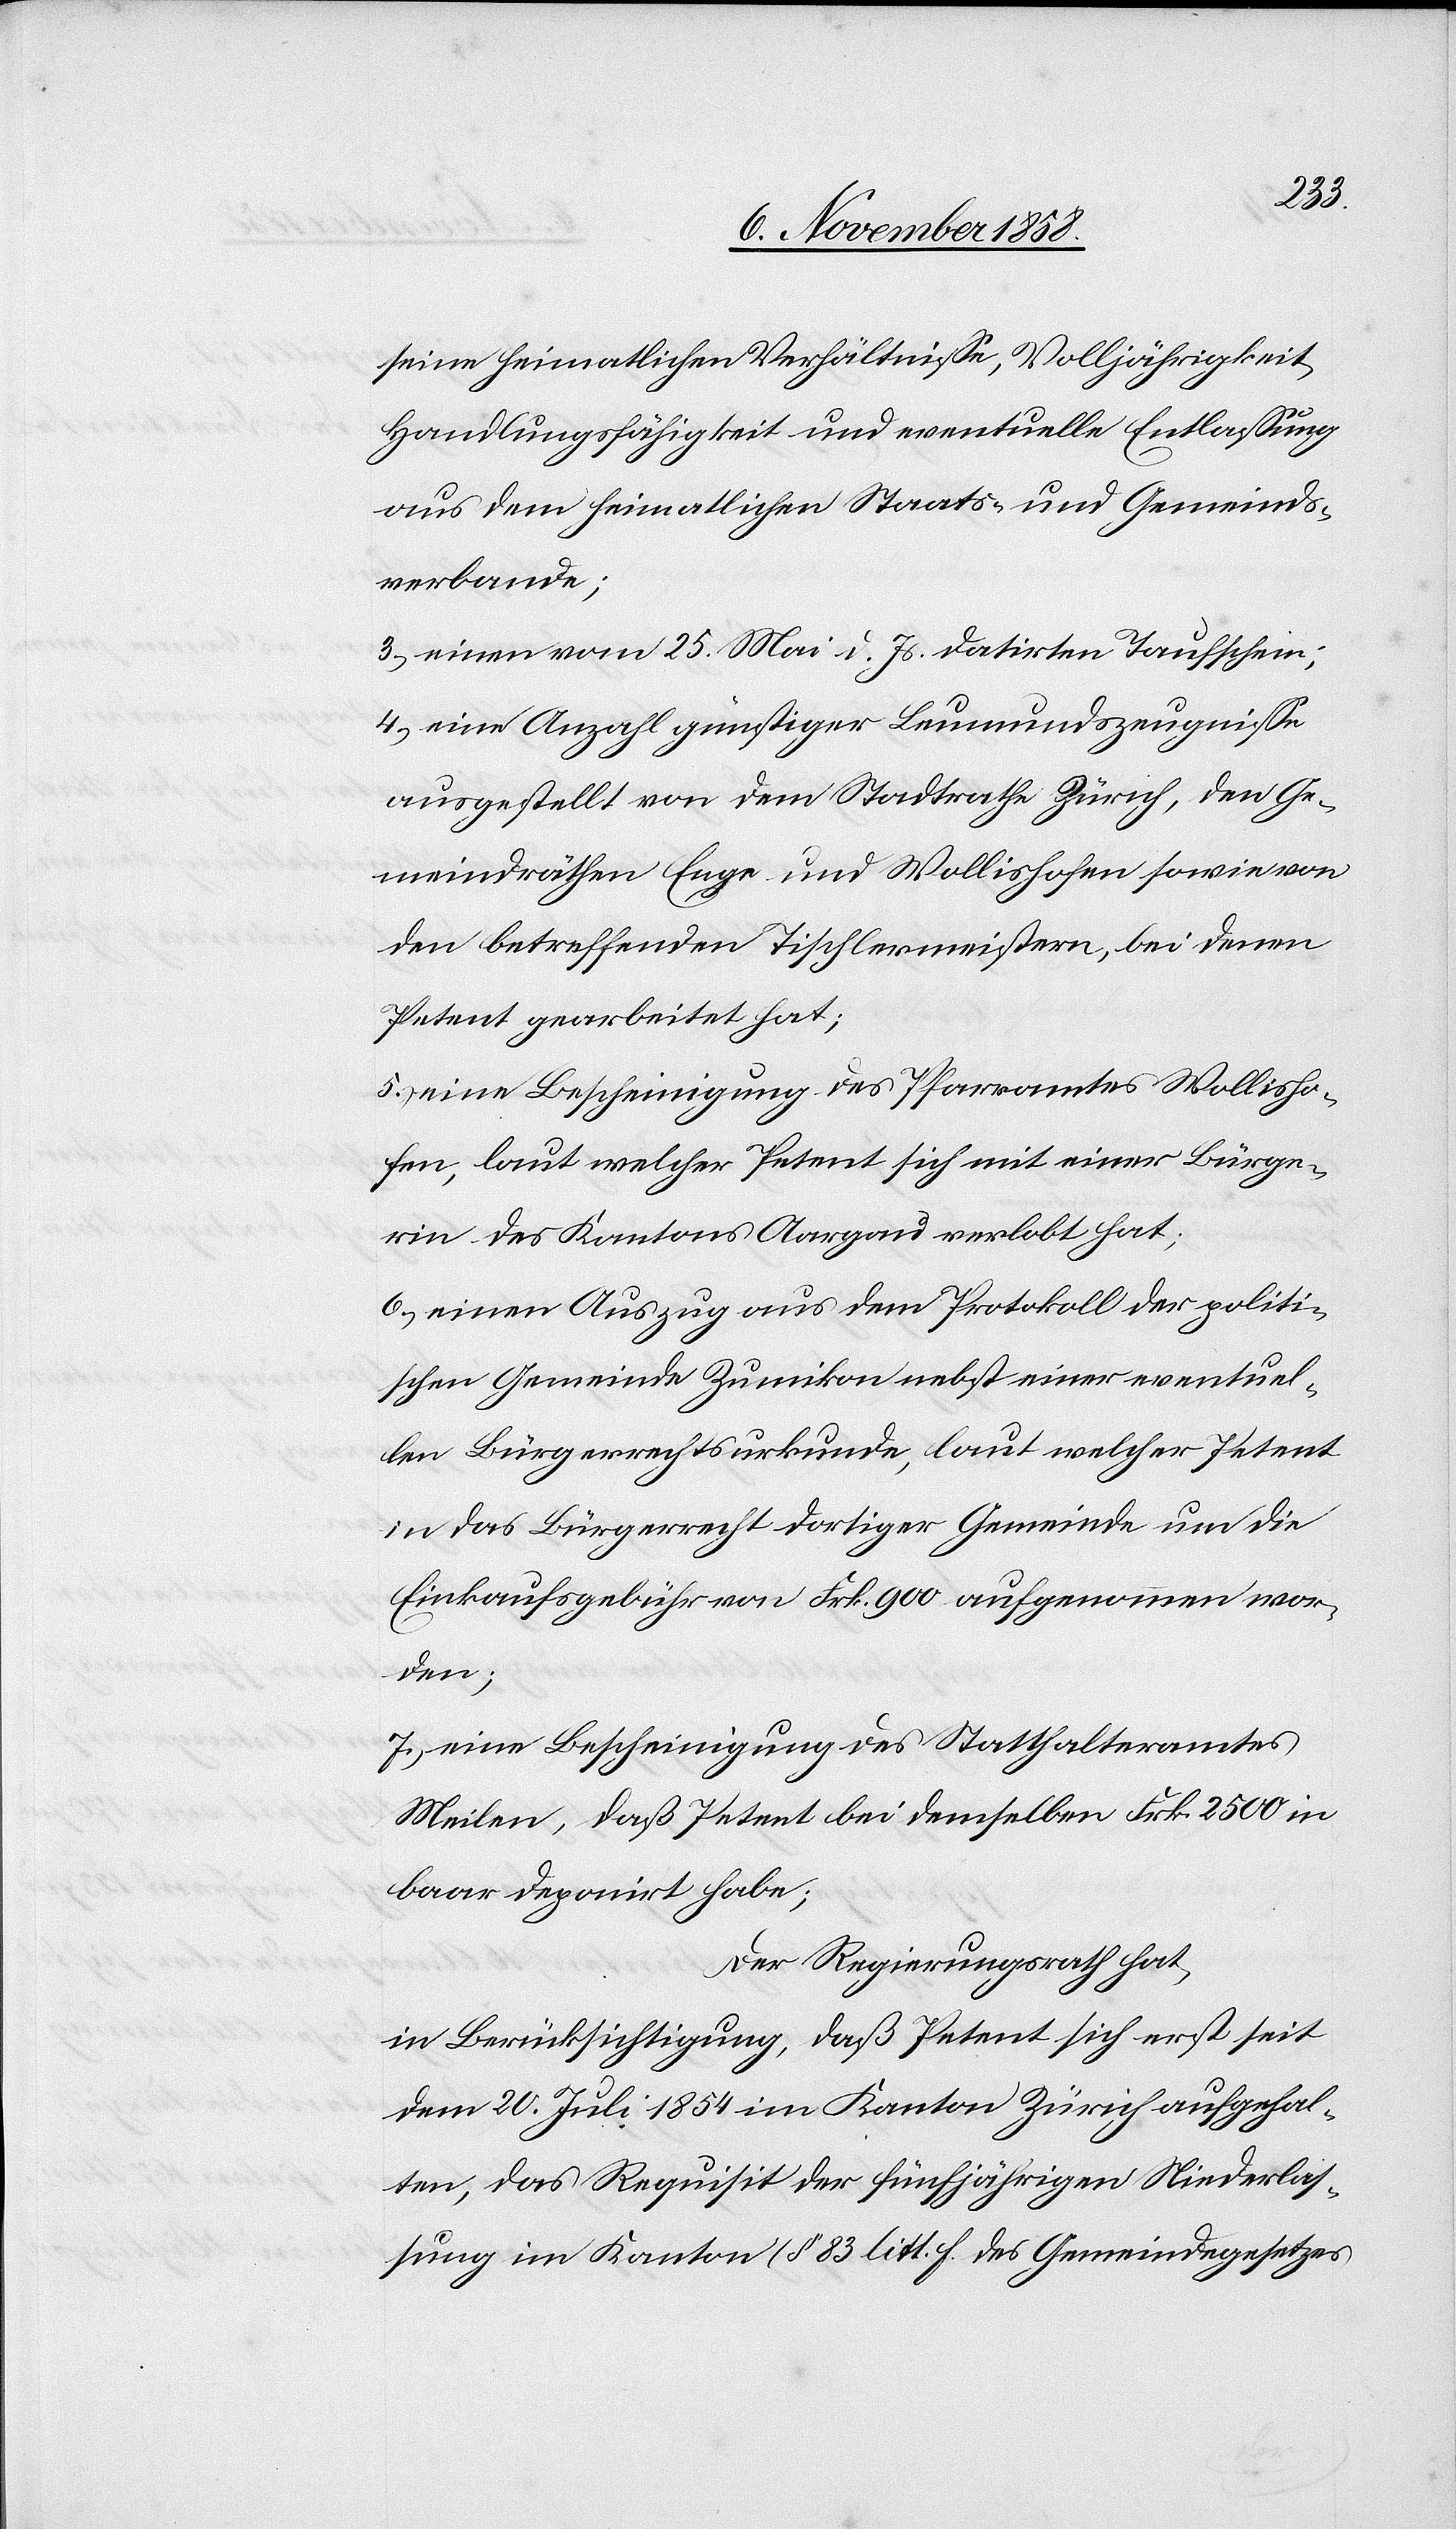
seine heimatlichen Verhältnisse, Volljährigkeit,
Handlungsfähigkeit und eventuelle Entlassung
aus dem heimatlichen Staats- und Gemeinds¬
verbande;
einen vom 25. Mai d. Js. datirten Taufschein;
eine Anzahl günstiger Leumundszeugnisse
ausgestellt von dem Stadtrathe Zürich, den Ge¬
meindräthen Enge und Wollishofen sowie von
den betreffenden Tischlermeistern, bei denen
Petent gearbeitet hat;
eine Bescheinigung des Pfarramtes Wollisho¬
fen, laut welcher Petent sich mit einer Bürge¬
rin des Kantons Aargau verlobt hat;
einen Auszug aus dem Protokoll der politi¬
schen Gemeinde Zumikon nebst einer eventuel¬
len Bürgerrechtsurkunde, laut welcher Petent
in das Bürgerrecht dortiger Gemeinde um die
Einkaufsgebühr von Frk. 900 aufgenommen wor¬
den;
eine Bescheinigung des Statthalteramtes
Meilen, daß Petent bei demselben Frk. 2500 in
baar deponirt habe;
Der Regierungsrath hat,
in Berücksichtigung, daß Petent sich erst seit
dem 20. Juli 1854 im Kanton Zürich aufgehal¬
ten, das Requisit der fünfjährigen Niederlas¬
sung im Kanton (§ 83 litt. f. des Gemeindegesetzes